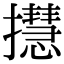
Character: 㩨